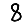
Digit: 8